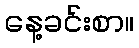
နေ့ခင်းစာ။